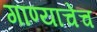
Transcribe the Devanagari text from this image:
गाण्याचेच